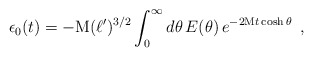
\begin{align*}\epsilon_{0}(t)=-\textrm{M} (\ell')^{3/2} \int_{0}^{\infty} d\theta\, E(\theta)\,e^{-2 \textrm{M} t \cosh\theta}\,\,\,,\end{align*}